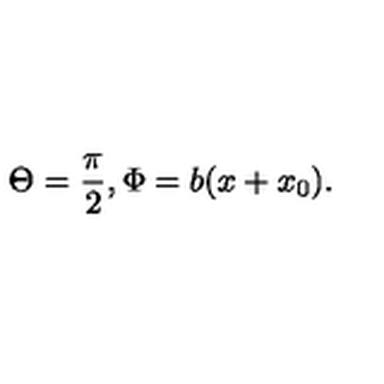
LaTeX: \Theta = \frac \pi 2 , \Phi = b ( x + x _ { 0 } ) .